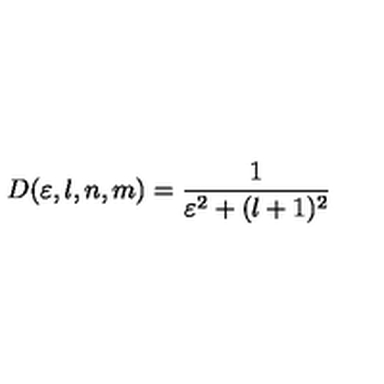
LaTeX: D ( \varepsilon , l , n , m ) = \frac { 1 } { \varepsilon ^ { 2 } + ( l + 1 ) ^ { 2 } } \nonumber